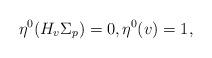
LaTeX: \begin{gather*}\eta^0(H_v\Sigma_p)=0,\eta^0(v)=1,\end{gather*}